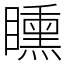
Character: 矄